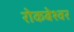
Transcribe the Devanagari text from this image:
रोकबेश्वर